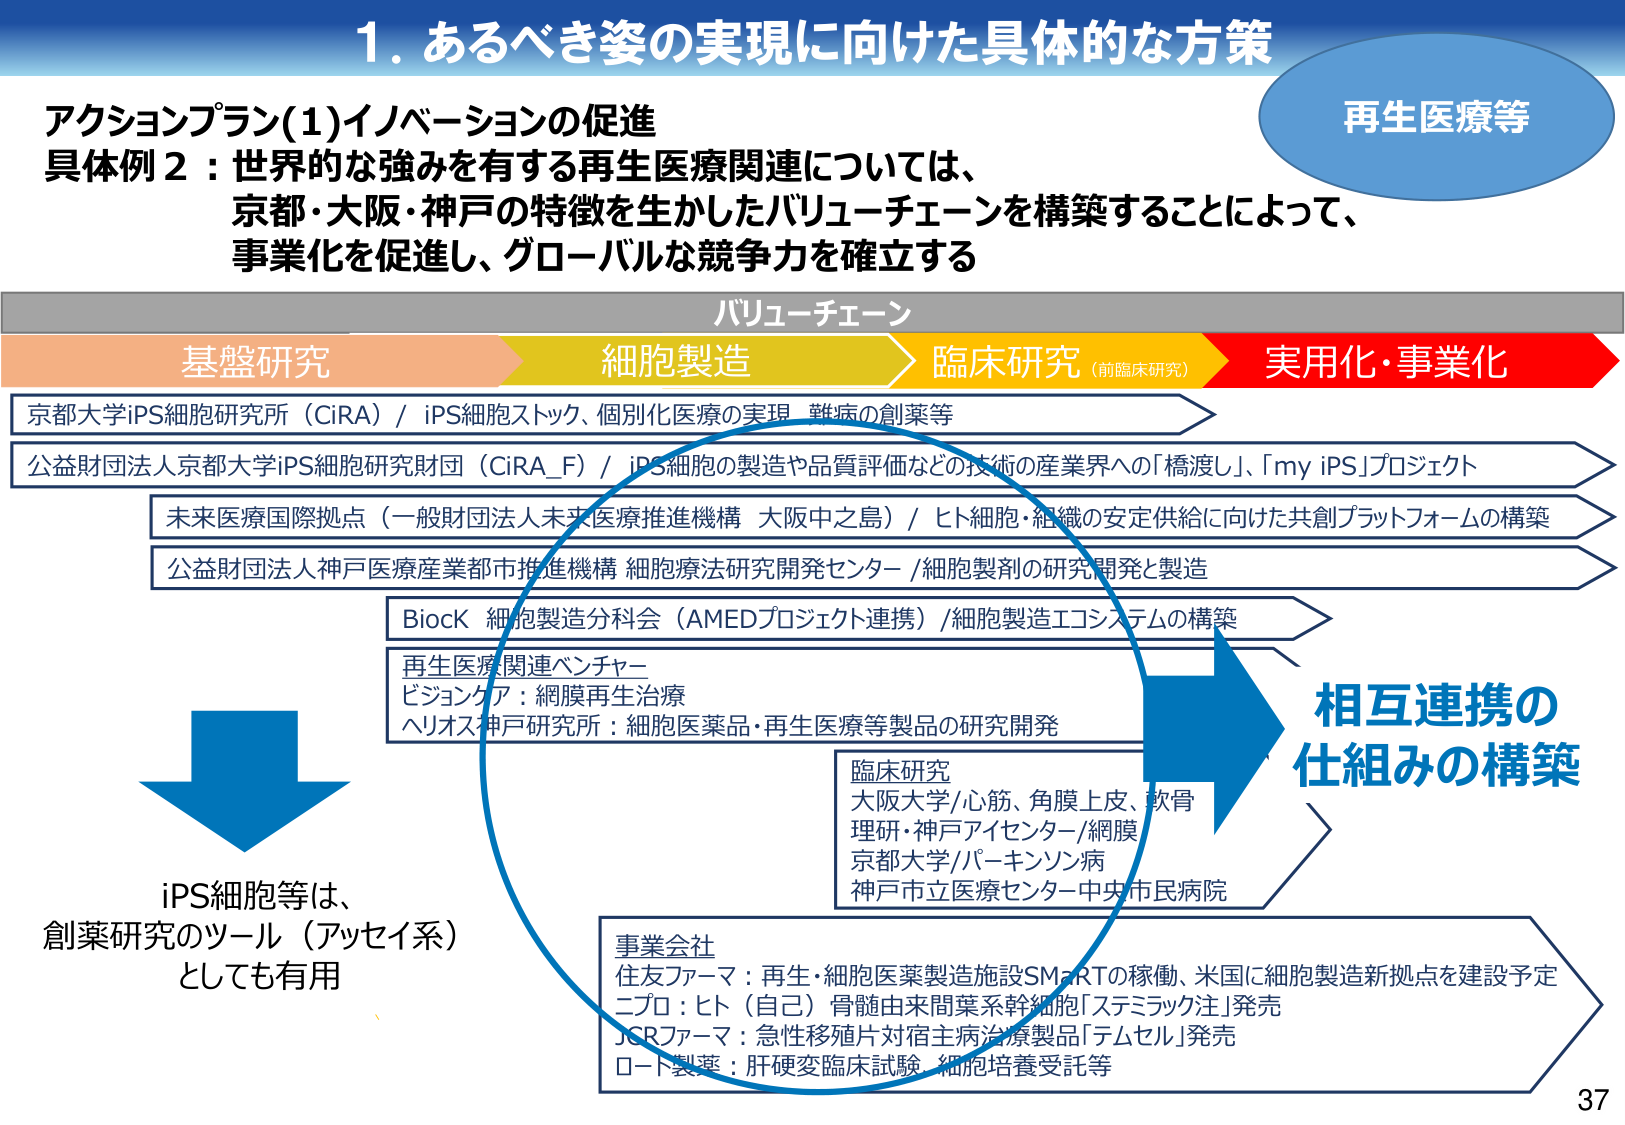
1. あるべき姿の実現に向けた具体的な方策

アクションプラン(1)イノベーションの促進
具体例2：世界的な強みを有する再生医療関連については、
京都・大阪・神戸の特徴を生かしたバリューチェーンを構築することによって、
事業化を促進し、グローバルな競争力を確立する

再生医療等

バリューチェーン
基盤研究 → 細胞製造 → 臨床研究（前臨床研究） → 実用化・事業化

京都大学iPS細胞研究所（CiRA） / iPS細胞ストック、個別化医療の実現、難病の創薬等
公益財団法人京都大学iPS細胞研究財団（CiRA_F） / iPS細胞の製造や品質評価などの技術の産業界への「橋渡し」、「my iPS」プロジェクト
未来医療国際拠点（一般財団法人未来医療推進機構 大阪中之島） / ヒト細胞・組織の安定供給に向けた共創プラットフォームの構築
公益財団法人神戸医療産業都市推進機構 細胞療法研究開発センター / 細胞製剤の研究開発と製造
BioCK 細胞製造分科会（AMEDプロジェクト連携） / 細胞製造エコシステムの構築
再生医療関連ベンチャー
ビジョンケア：網膜再生治療
ヘリオス神戸研究所：細胞医薬品・再生医療等製品の研究開発

iPS細胞等は、
創薬研究のツール（アッセイ系）
としても有用

臨床研究
大阪大学/心筋、角膜上皮、軟骨
理研・神戸アイセンター/網膜
京都大学/パーキンソン病
神戸市立医療センター中央市民病院

事業会社
住友ファーマ：再生・細胞医薬製造施設SMaRTの稼働、米国に細胞製造新拠点を建設予定
ニプロ：ヒト（自己）骨髄由来間葉系幹細胞「ステミラック注」発売
JCRファーマ：急性移殖片対宿主病治療製品「テムセル」発売
ロート製薬：肝硬変臨床試験、細胞培養受託等

相互連携の
仕組みの構築

37